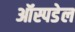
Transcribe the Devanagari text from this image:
ऑस्पडेल